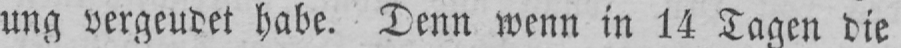
ung vergeudet habe. Denn wenn in 14 Tagen die